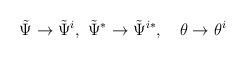
LaTeX: \begin{align*}\tilde \Psi \rightarrow \tilde \Psi^i , \ \tilde \Psi^{*} \rightarrow \tilde \Psi^{i*} , \quad \theta \rightarrow \theta^i\end{align*}